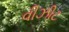
વીઝીટ